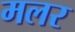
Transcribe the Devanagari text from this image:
मलर